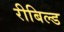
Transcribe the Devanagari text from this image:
रीबिल्ड